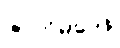
ဇာတိမဒေန